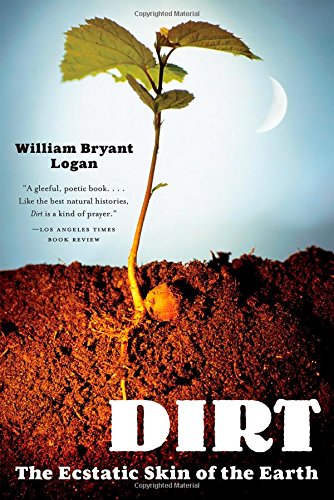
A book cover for Dirt: The Ecstatic Skin of the Earth; William Bryant Logan; Science & Math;